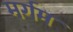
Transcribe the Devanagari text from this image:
मर्गम